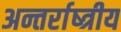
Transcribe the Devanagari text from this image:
अन्तर्राष्त्रीय